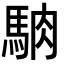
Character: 𩣀